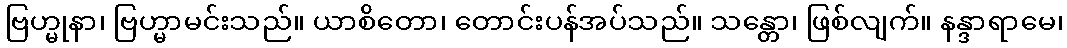
ဗြဟ္မုနာ၊ ဗြဟ္မာမင်းသည်။ ယာစိတော၊ တောင်းပန်အပ်သည်။ သန္တော၊ ဖြစ်လျက်။ နန္ဒာရာမေ၊